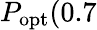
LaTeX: P_{\mathrm{opt}}(0.7